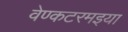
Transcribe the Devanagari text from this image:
वेण्कटरमइया